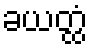
ခယတ္ထံ